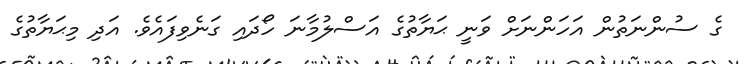
ގެ ސުންނަތުން އަހަންނަށް ވަނީ ޙަޔާތުގެ އަސްލުމާނަ ހޯދައި ގަނެވިފައެވެ. އަދި މިޙަޔާތުގެ